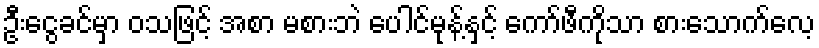
ဦးငွေခင်မှာ ဝသဖြင့် အစာ မစားဘဲ ပေါင်မုန့်နှင့် ကော်ဖီကိုသာ စားသောက်လေ့